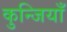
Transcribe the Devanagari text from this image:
कुन्जियाँ